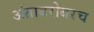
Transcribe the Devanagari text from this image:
अंताबरोबरच